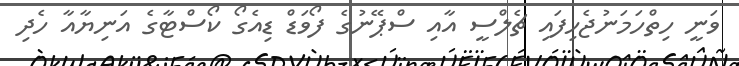
ވަނީ ހިތްހަމަނުޖެހިފައި ޗެލްސީ އާއި ސްޕޭނުގެ ފޯވަޑް ޑިއެގޯ ކޯސްޓާގެ އަނިޔާއާ ހެދި